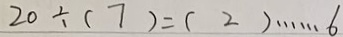
2 0 \div ( 7 ) = ( 2 ) \cdots 6